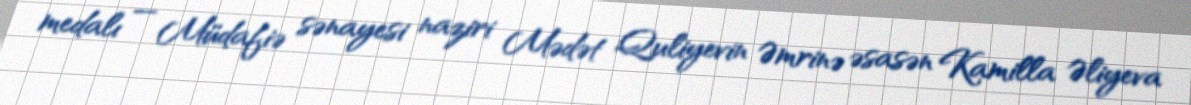
medalı — Müdafiə sənayesi naziri Mədət Quliyevin Əmrinə əsasən Kamilla Əliyeva